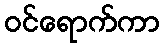
ဝင်ရောက်ကာ